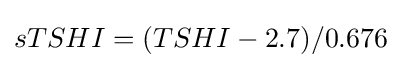
sTSHI=(TSHI-2.7)/0.676